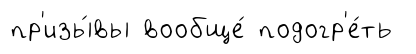
пр'изы́вы вообще́ подогр'е́ть